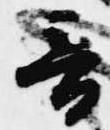
音